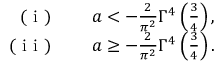
\begin{array} { r l } { \mathrm { ~ ( ~ i ~ ) ~ } } & { { } \quad a < - \frac { 2 } { \pi ^ { 2 } } \Gamma ^ { 4 } \left( \frac { 3 } { 4 } \right) , } \\ { \mathrm { ~ ( ~ i ~ i ~ ) ~ } } & { { } \quad a \geq - \frac { 2 } { \pi ^ { 2 } } \Gamma ^ { 4 } \left( \frac { 3 } { 4 } \right) . } \end{array}